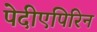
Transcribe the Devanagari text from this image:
पेदीएपिरिन